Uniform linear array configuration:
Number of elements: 12
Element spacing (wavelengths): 0.75
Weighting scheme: exponential
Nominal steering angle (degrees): -60
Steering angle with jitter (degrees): -61.972
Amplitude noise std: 0.05
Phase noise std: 0.05

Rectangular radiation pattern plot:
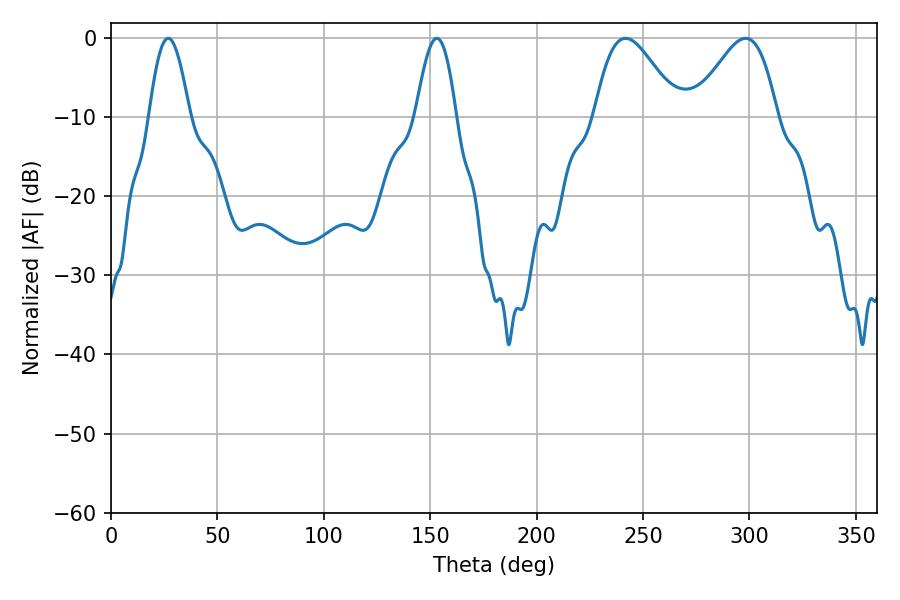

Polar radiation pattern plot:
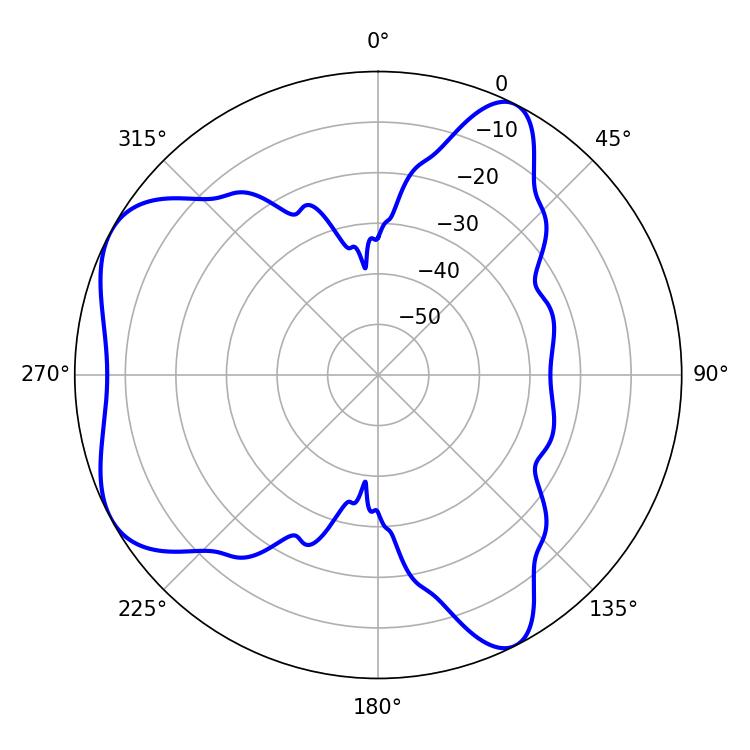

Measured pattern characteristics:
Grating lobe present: TRUE
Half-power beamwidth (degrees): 20.88
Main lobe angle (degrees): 241.74